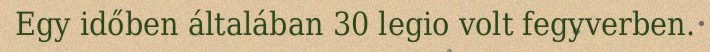
Egy időben általában 30 legio volt fegyverben.